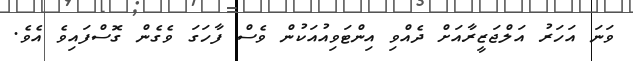
ވަނަ އަހަރު އަލްޖަޒީރާއަށް ދެއްވި އިންޓަވިއުއަކުން ވެސް ފާހަގަ ވެގެން ގޮސްފައިވެ އެވެ.